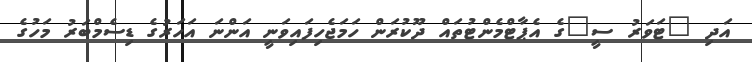
އަދި "ޓަވަރު ސީ"ގެ އެޕާޓްމެންޓުތައް ދޫކުރަން ހަމަޖެހިފައިވަނީ އަންނަ އަހަރުގެ ޑިސެމްބަރު މަހުގެ